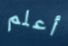
أعلم